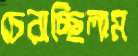
চেরাচ্ছিলাম